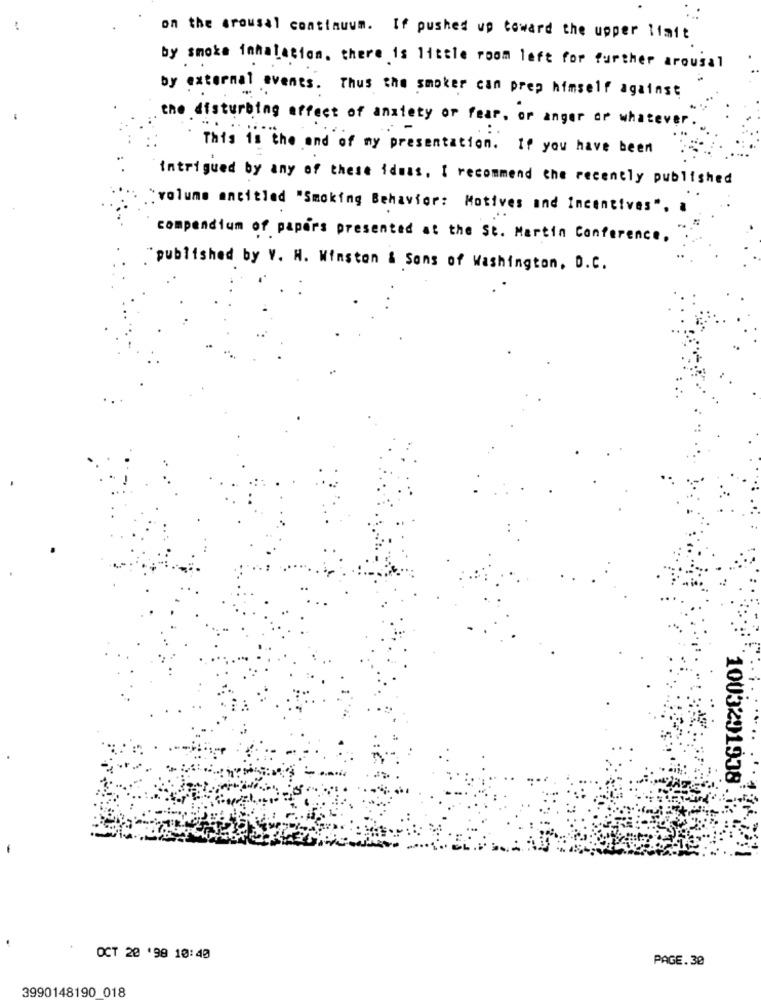
on the arousal continuum. If pushed up toward the upper limit
by smoke inhalation. there is little room left for further arousal
by external events. Thus the smoker can prep himself against
the disturbing affect of anxiety or fear, or anger or whatever.
This is the and of my presentation. If you have been
intrigued by any of these ideas. I recommend the recently published
"volume antitled "Smoking Behavior: Motives and Incentives". a
compendium of papers presented at the St. Martin Conference,
published by V. M. Winston & Sans of Washington, D.C.
1003291938
OCT 20 '98 10:40
PAGE.30
3990148190 018